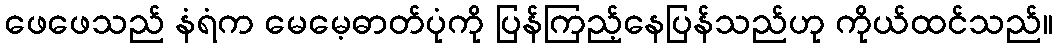
ဖေဖေသည် နံရံက မေမေ့ဓာတ်ပုံကို ပြန်ကြည့်နေပြန်သည်ဟု ကိုယ်ထင်သည်။